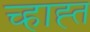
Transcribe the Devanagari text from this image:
च्हाह्त